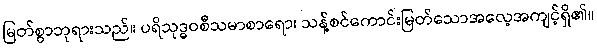
မြတ်စွာဘုရားသည်။ ပရိသုဒ္ဓဝစီသမာစာရော၊ သန့်စင်ကောင်းမြတ်သောအလေ့အကျင့်ရှိ၏။